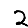
Digit: 2